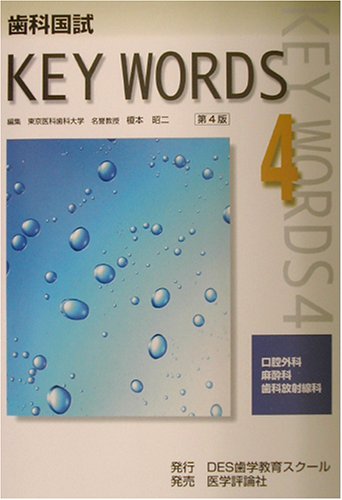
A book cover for Dental country test KEY WORDS <4> oral surgery, anesthesiology and dental radiology (2002) ISBN: 4872115252 [Japanese Import]; Medical Books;